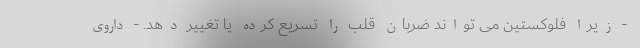
- زیرا فلوکستین می تواند ضربان قلب را تسریع کرده یا تغییر دهد. - داروی